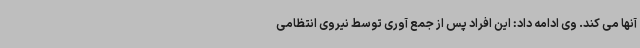
آنها می کند. وی ادامه داد: این افراد پس از جمع آوری توسط نیروی انتظامی